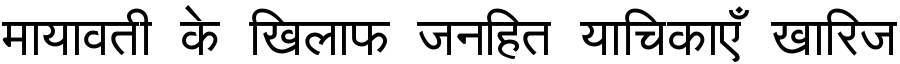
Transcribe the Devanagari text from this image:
मायावती के खिलाफ जनहित याचिकाएँ खारिज